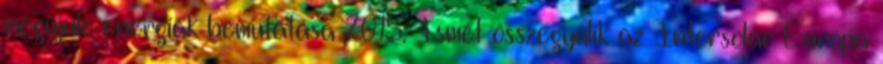
megújuló energiák bemutatása 2015. Ismét összegyűlik az Intersolar Europa